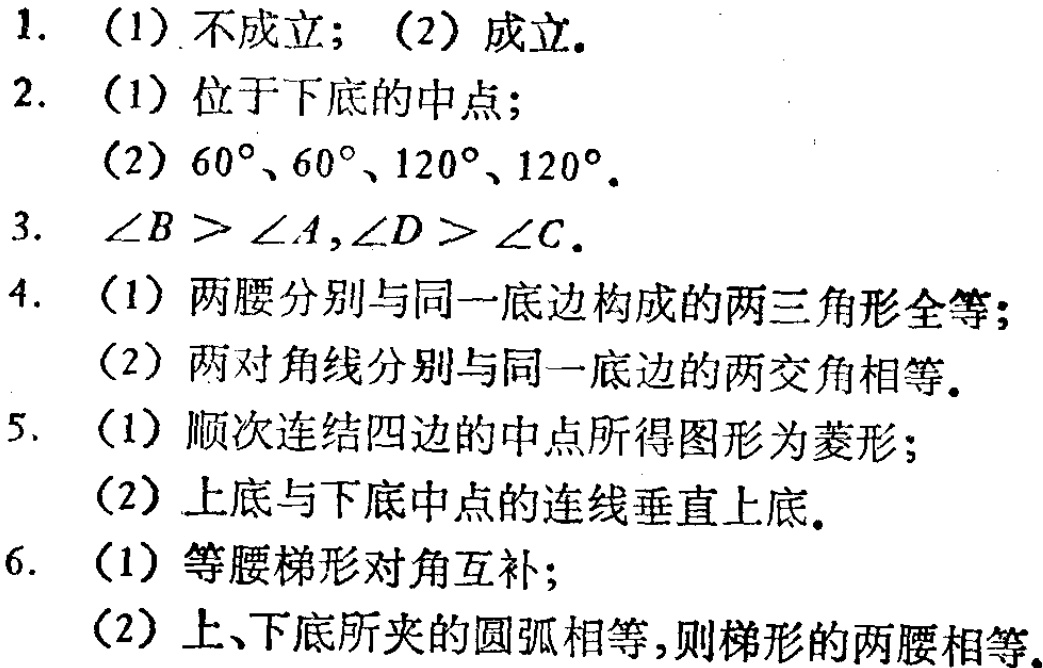
1. （1）不成立；（2）成立。
2. （1）位于下底的中点；
   （2）\(60^{\circ}\)、\(60^{\circ}\)、\(120^{\circ}\)、\(120^{\circ}\)。
3. \(\angle B > \angle A,\angle D > \angle C\)。
4. （1）两腰分别与同一底边构成的两三角形全等；
   （2）两对角线分别与同一底边的两交角相等。
5. （1）顺次连结四边的中点所得图形为菱形；
   （2）上底与下底中点的连线垂直上底。
6. （1）等腰梯形对角互补；
   （2）上、下底所夹的圆弧相等，则梯形的两腰相等。